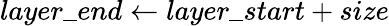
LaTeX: layer\_ end\gets layer\_ start+size